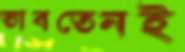
ভাবতেনই